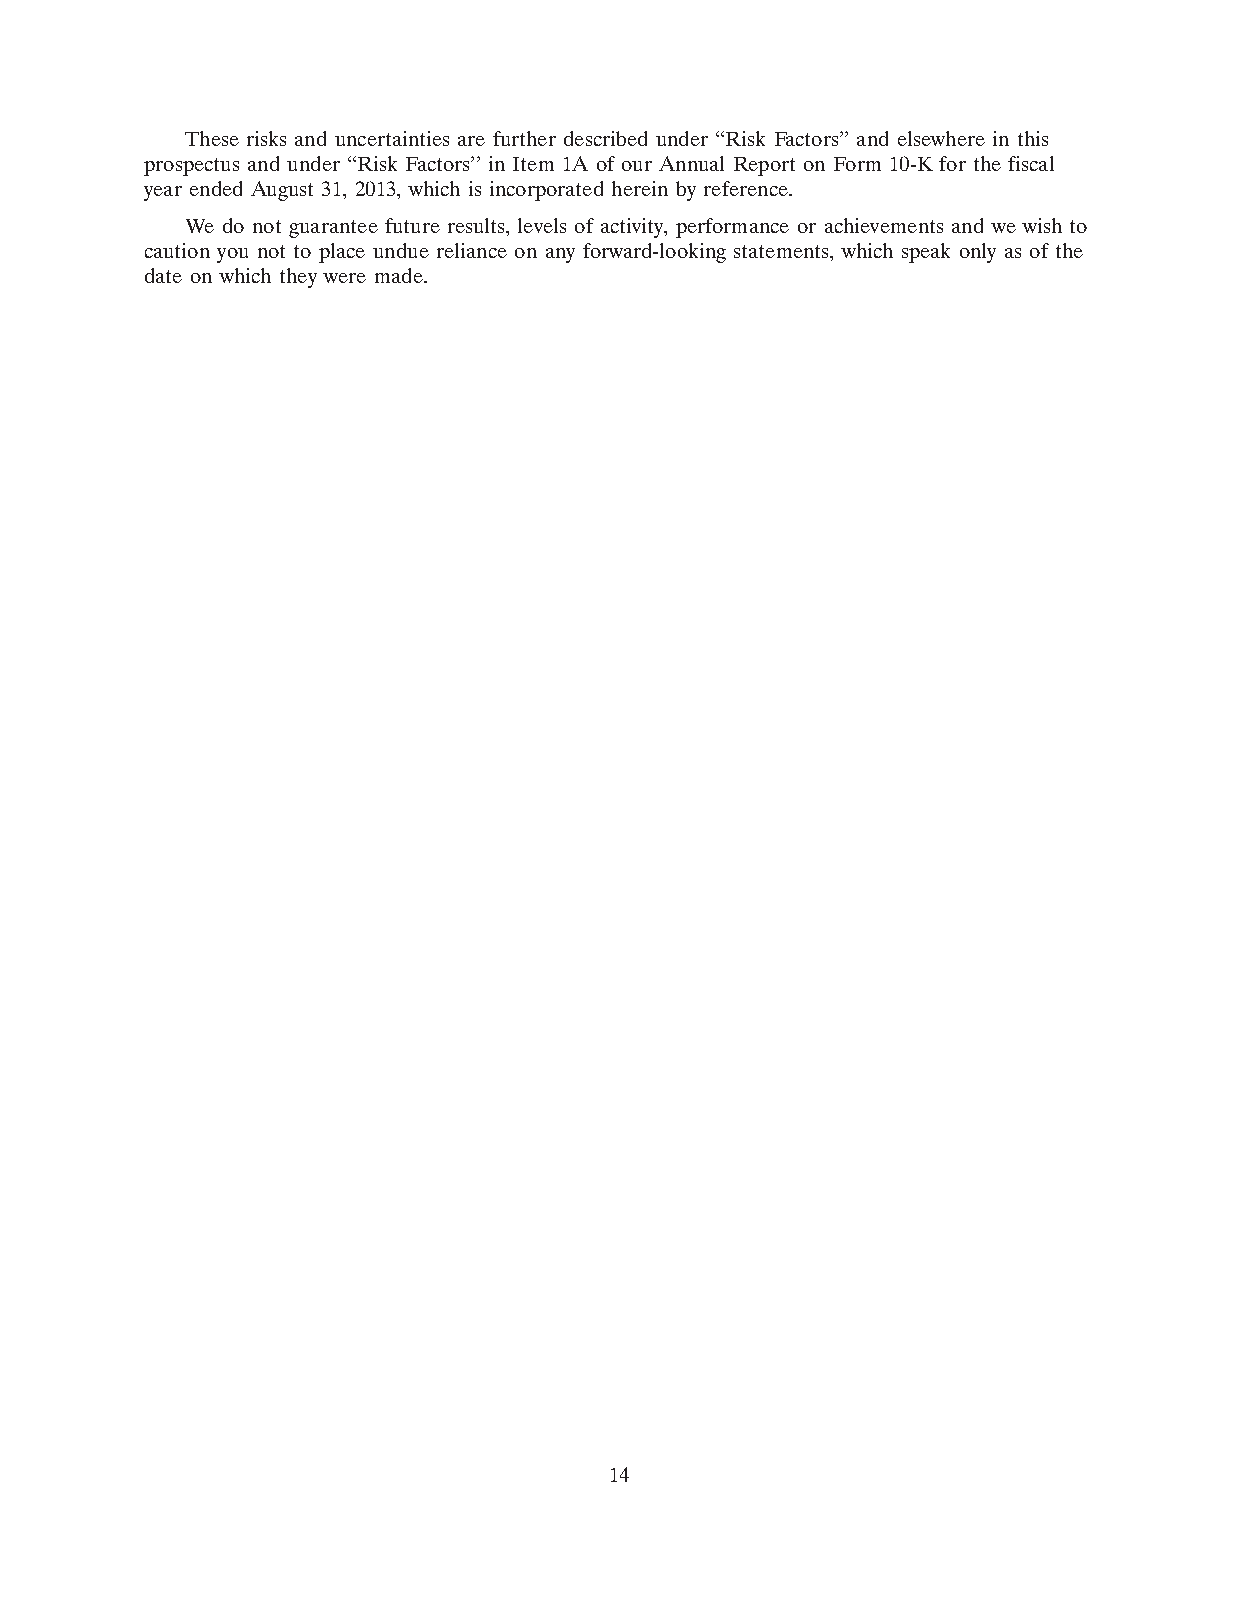
These risks and uncertainties are further described under ‘‘Risk Factors’’ and elsewhere in this
 prospectus and under ‘‘Risk Factors’’ in Item 1A of our Annual Report on Form 10-K for the fiscal
 year ended August 31, 2013, which is incorporated herein by reference.
 We do not guarantee future results, levels of activity, performance or achievements and we wish to
 caution you not to place undue reliance on any forward-looking statements, which speak only as of the
 date on which they were made.
 14